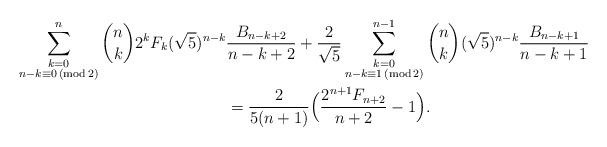
LaTeX: \begin{align*}\sum_{\substack{k=0 \\ n - k \equiv 0 \,(\mathrm {mod} \,2)}}^n \binom{n}{k} 2^k F_{k} (\sqrt{5})^{n-k} &\frac{B_{n-k+2}}{n-k+2} + \frac{2}{\sqrt{5}} \sum_{\substack{k=0 \\ n - k \equiv 1 \,(\mathrm {mod} \,2)}}^{n-1} \binom{n}{k} (\sqrt{5})^{n-k} \frac{B_{n-k+1}}{n-k+1}\\& = \frac{2}{5(n+1)}\Big ( \frac{2^{n+1}F_{n+2}}{n+2} - 1 \Big ).\end{align*}